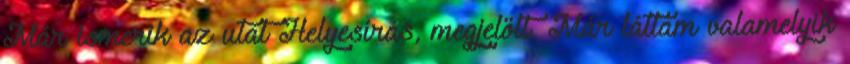
Már ismerik az utat Helyesírás, megjelölt. Már láttam valamelyik